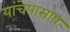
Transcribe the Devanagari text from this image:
यांचेपासाव